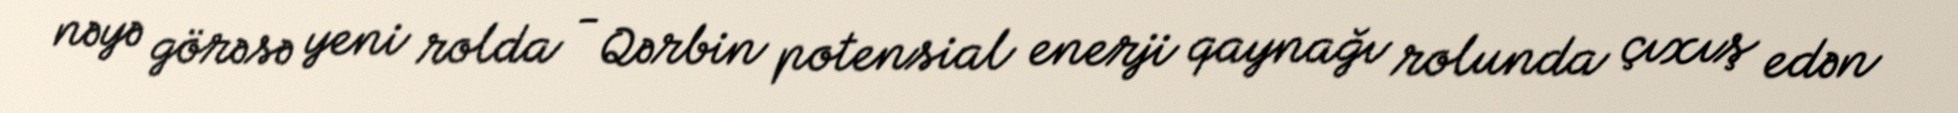
nəyə görəsə yeni rolda - Qərbin potensial enerji qaynağı rolunda çıxış edən